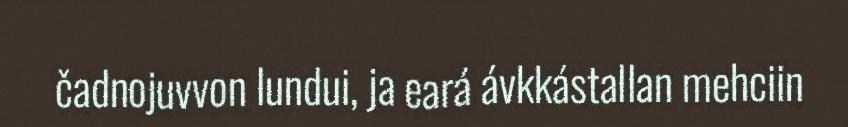
čadnojuvvon lundui, ja eará ávkkástallan mehciin